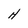
Character: H